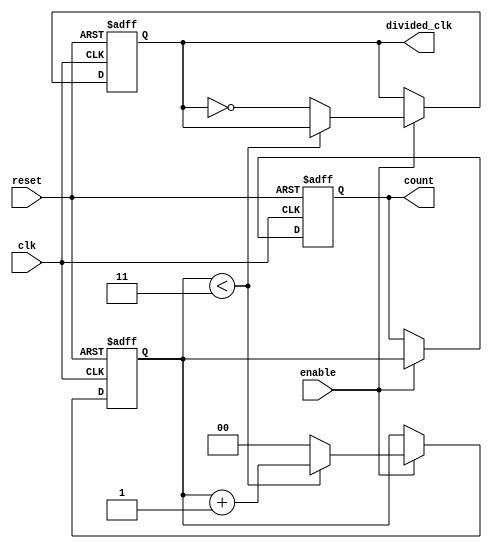
module FrequencyDividerCounter #(
    parameter DIV_FACTOR = 4  // Default division factor
)(
    input wire clk,            // Input clock signal
    input wire reset,          // Asynchronous reset signal
    input wire enable,         // Enable signal for counting
    output reg divided_clk,     // Output divided clock signal
    output reg [$clog2(DIV_FACTOR)-1:0] count // Current count value
);

    // Internal signals
    reg [$clog2(DIV_FACTOR)-1:0] internal_count; // Internal counter

    // Asynchronous reset and counting mechanism
    always @(posedge clk or posedge reset) begin
        if (reset) begin
            // Reset the counter and output clock
            internal_count <= 0;
            divided_clk <= 0;
            count <= 0;
        end else if (enable) begin
            // Increment the counter
            if (internal_count < DIV_FACTOR - 1) begin
                internal_count <= internal_count + 1;
            end else begin
                // Reset the counter and toggle divided clock output
                internal_count <= 0;
                divided_clk <= ~divided_clk;
            end
            
            // Assign internal count to output
            count <= internal_count;
        end
    end

endmodule